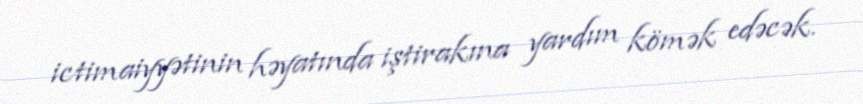
ictimaiyyətinin həyatında iştirakına yardım kömək edəcək.